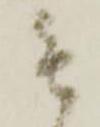
も